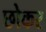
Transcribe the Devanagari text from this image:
छोकर